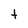
Character: t